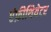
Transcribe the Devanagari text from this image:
एंफ़ीथियेटर